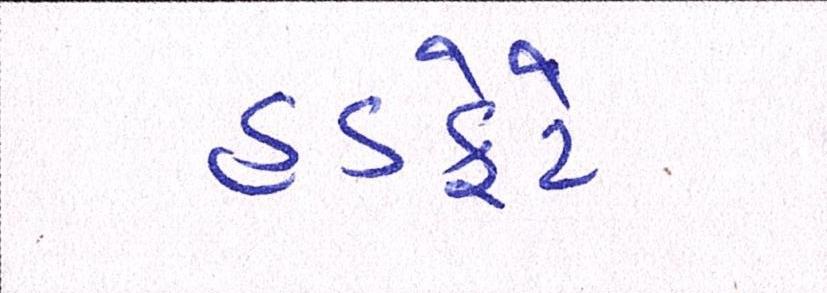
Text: હડફેટે